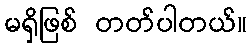
မရှိဖြစ် တတ်ပါတယ်။